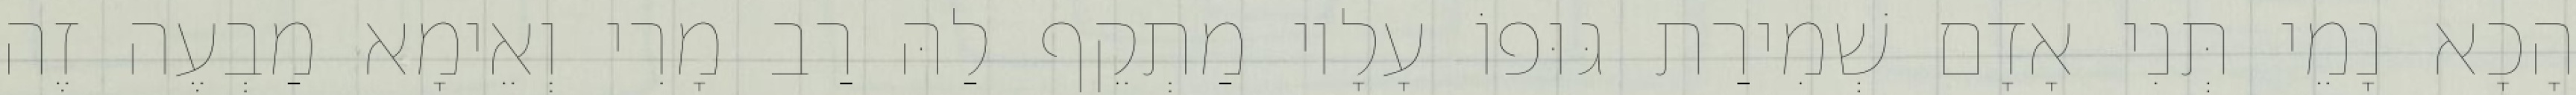
הָכָא נָמֵי תְּנִי אָדָם שְׁמִירַת גּוּפוֹ עָלָיו מַתְקֵף לַהּ רַב מָרִי וְאֵימָא מַבְעֶה זֶה